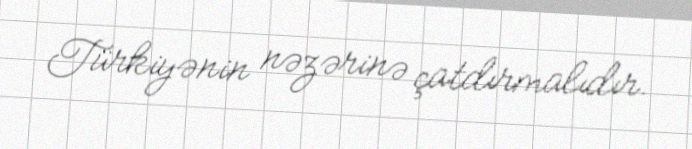
Türkiyənin nəzərinə çatdırmalıdır.